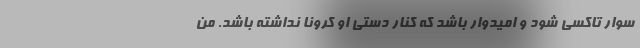
سوار تاکسی شود و امیدوار باشد که کنار دستی او کرونا نداشته باشد. من